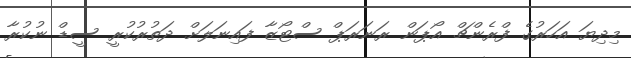
މިދިޔަ އަހަރުގެ ފްރެންޗް އޯޕަން ރަނަރަޕް ސްޓޯޒާ ފައިނަލަށް ދަތުރުކުރީ ސީޑް ނުކުރާ